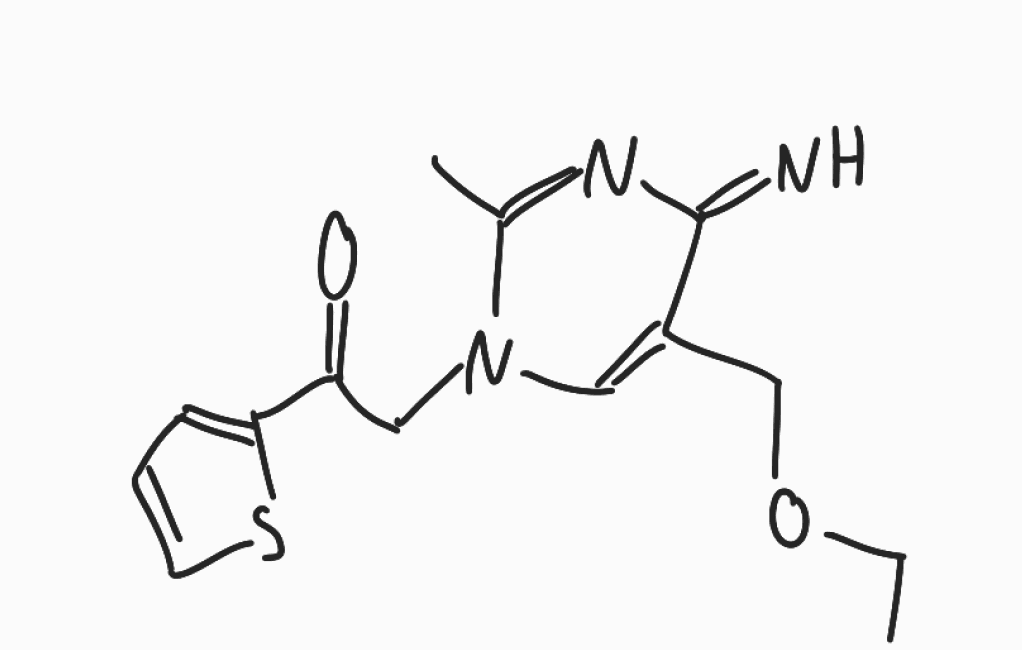
Simplified molecular-input line-entry system (SMILES) notation of the given molecule:
CCOCC1=CN(C(=NC1=N)C)CC(=O)C2=CC=CS2